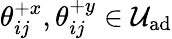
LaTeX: \mathcal{\theta}_{ij}^{+x},\mathcal{\theta}_{ij}^{+y}\in\mathcal{U}_{\textrm{ad}}